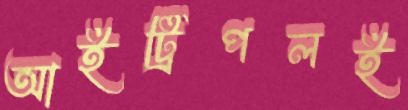
আইট্রিপলই